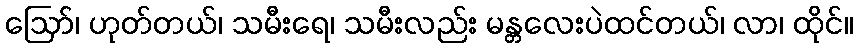
ဪ၊ ဟုတ်တယ်၊ သမီးရေ၊ သမီးလည်း မန္တလေးပဲထင်တယ်၊ လာ၊ ထိုင်။